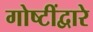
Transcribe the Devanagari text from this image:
गोष्टींद्वारे